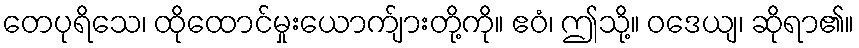
တေပုရိသေ၊ ထိုထောင်မှုးယောက်ျားတို့ကို။ ဧဝံ၊ ဤသို့။ ဝဒေယျ၊ ဆိုရာ၏။